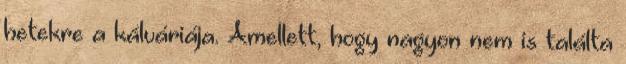
hetekre a kálváriája. Amellett, hogy nagyon nem is találta